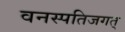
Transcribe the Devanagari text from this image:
वनस्पतिजगत्